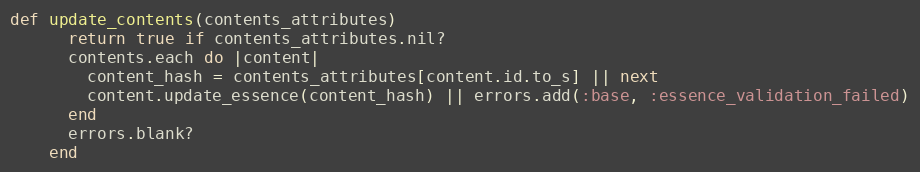
Language: Ruby
def update_contents(contents_attributes)
      return true if contents_attributes.nil?
      contents.each do |content|
        content_hash = contents_attributes[content.id.to_s] || next
        content.update_essence(content_hash) || errors.add(:base, :essence_validation_failed)
      end
      errors.blank?
    end